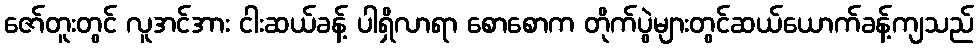
ဇော်တူးတွင် လူအင်အား ငါးဆယ်ခန့် ပါရှိလာရာ စောစောက တိုက်ပွဲများတွင်ဆယ်ယောက်ခန့်ကျသည်